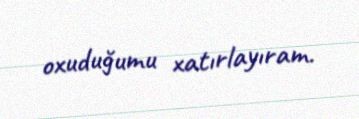
oxuduğumu xatırlayıram.